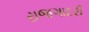
રાજગાદરી